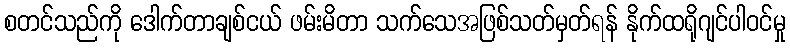
စတင်သည်ကို ဒေါက်တာချစ်ငယ် ဖမ်းမိတာ သက်သေအဖြစ်သတ်မှတ်ရန် နိုက်ထရိုဂျင်ပါဝင်မှု